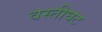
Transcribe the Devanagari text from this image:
वस्तीघट